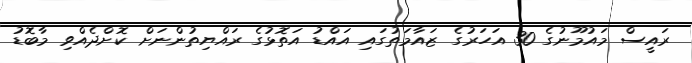
ރައީސް މައުމޫނުގެ 30 އަހަރުގެ ޒައާމަތުގައި އައްޑު އަތޮޅުގެ ރައްޔިތުންނަށް ކޮށްދެއްވި މާބޮޑު